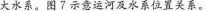
大水系。图7示意运河及水系位置关系。